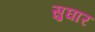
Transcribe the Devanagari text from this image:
सुघार